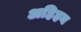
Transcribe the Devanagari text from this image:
अहिहय